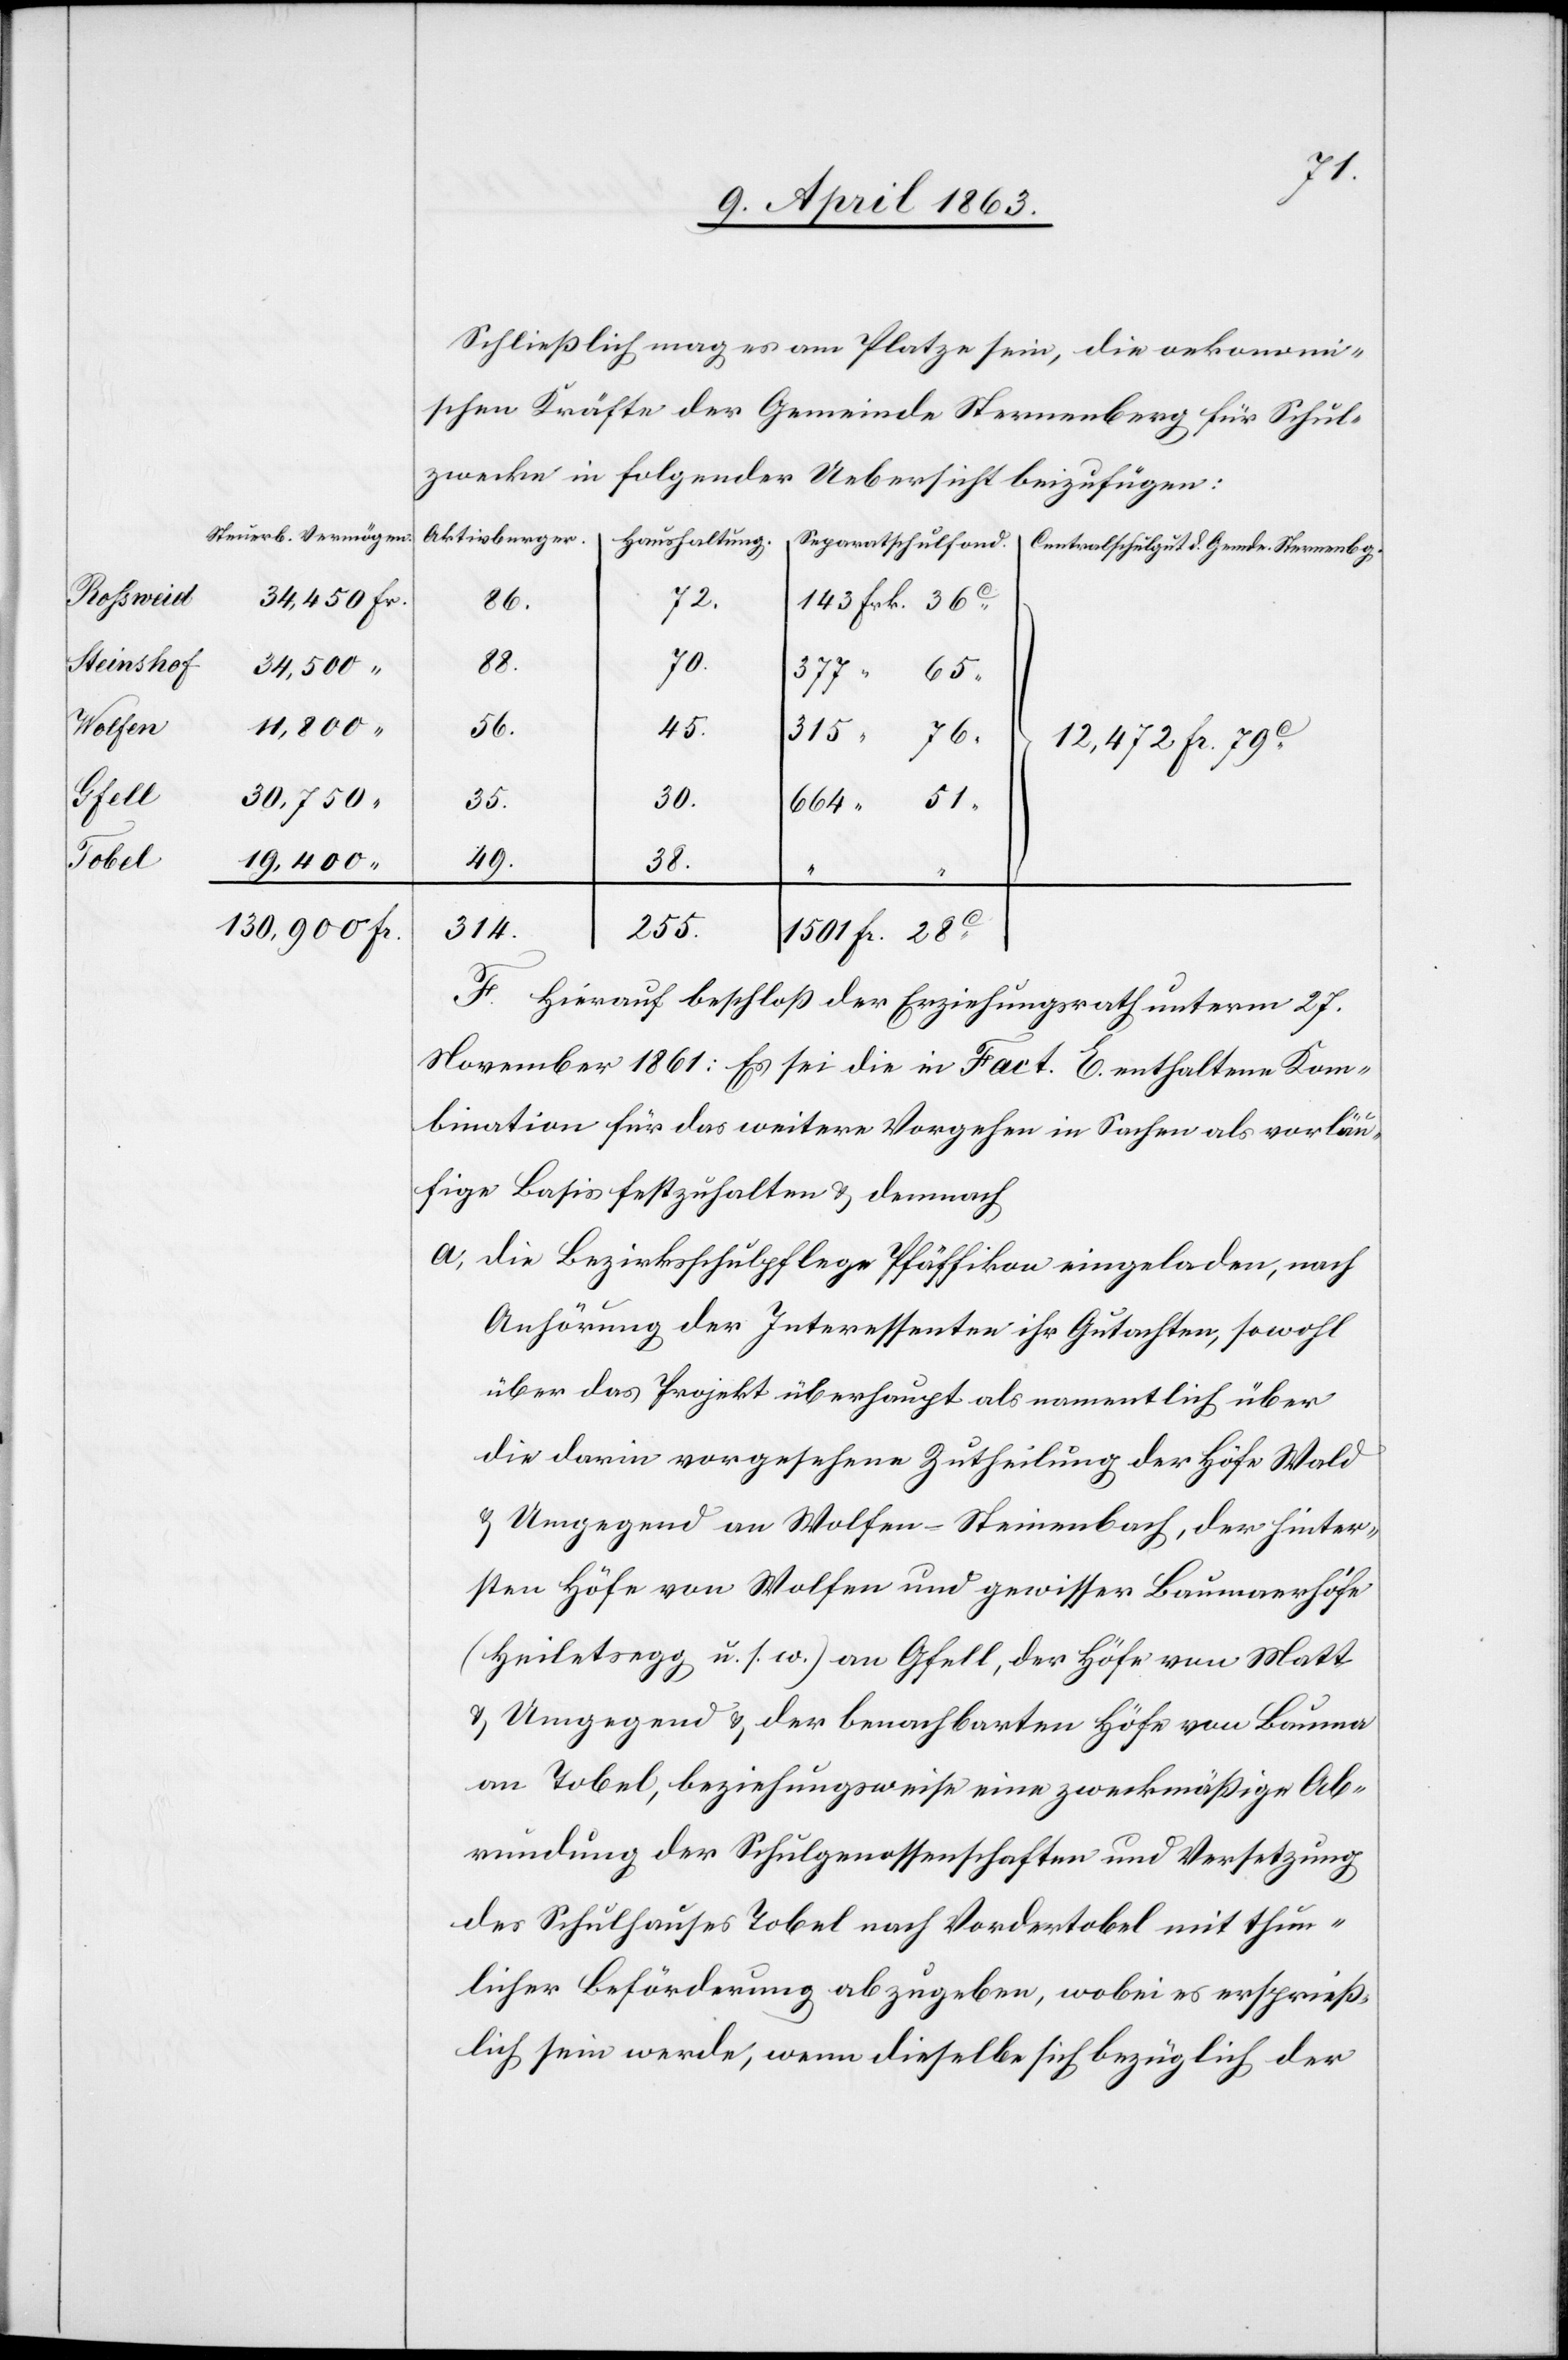
Steinshof
Wolfen
Gfell
Tobel

Steuerb. Vermögen.
34,500
11,800
30,750
130,900

Fr.
Schließlich mag es am Platze sein, die oekonomi¬
schen Kräfte der Gemeinde Sternenberg für Schul¬
zwecke in folgender Uebersicht beizufügen:
72.
664
70.
88.
377
65
56.
45.
12,472 Fr. 79c
35.
49.
38.
314.
1501
F. Hierauf beschloß der Erziehungsrath unterm 27.
November 1861: Es sei die in Fact. E. enthaltene Kom¬
bination für das weitere Vorgehen in Sachen als vorläu¬
fige Basis festzuhalten & demnach
a) die Bezirksschulpflege Pfäffikon eingeladen, nach
Anhörung der Interessenten ihr Gutachten, sowohl
über das Projekt überhaupt als namentlich über
die darin vorgesehene Zutheilung der Höfe Wald
& Umgegend an Wolfen-Steinenbach, der hinter¬
sten Höfe von Wolfen und gewisser Baumaerhöfe
(Heiletsegg u. s. w.) an Gfell, der Höfe von Matt
& Umgegend & der benachbarten Höfe von Bauma
an Tobel, beziehungsweise eine zweckmäßige Ab¬
rundung der Schulgenossenschaften und Versetzung
des Schulhauses Tobel nach Vordertobel mit thun¬
licher Beförderung abzugeben, wobei es ersprieß¬
lich sein werde, wenn dieselbe sich bezüglich der